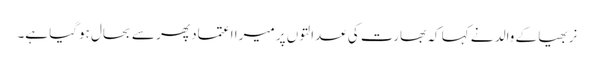
نربھیا کے والد نے کہا کہ بھارت کی عدالتوں پر میرا اعتماد پھر سے بحال ہوگیا ہے۔